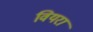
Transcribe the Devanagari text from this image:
वियरा